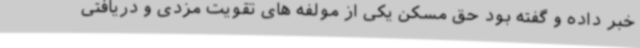
خبر داده و گفته بود حق مسکن یکی از مولفه های تقویت مزدی و دریافتی